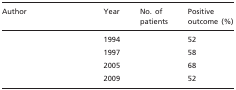
<table><thead><tr><td><b>Author</b></td><td><b>Year</b></td><td><b>No. of patients</b></td><td><b>Positive outcome (%)</b></td></tr></thead><tbody><tr><td>[EMPTY_CELL]</td><td>1994</td><td>[EMPTY_CELL]</td><td>52</td></tr><tr><td>[EMPTY_CELL]</td><td>1997</td><td>[EMPTY_CELL]</td><td>58</td></tr><tr><td>[EMPTY_CELL]</td><td>2005</td><td>[EMPTY_CELL]</td><td>68</td></tr><tr><td>[EMPTY_CELL]</td><td>2009</td><td>[EMPTY_CELL]</td><td>52</td></tr></tbody></table>